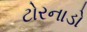
ટોરનાડો